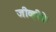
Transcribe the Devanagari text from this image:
जीव्हीके